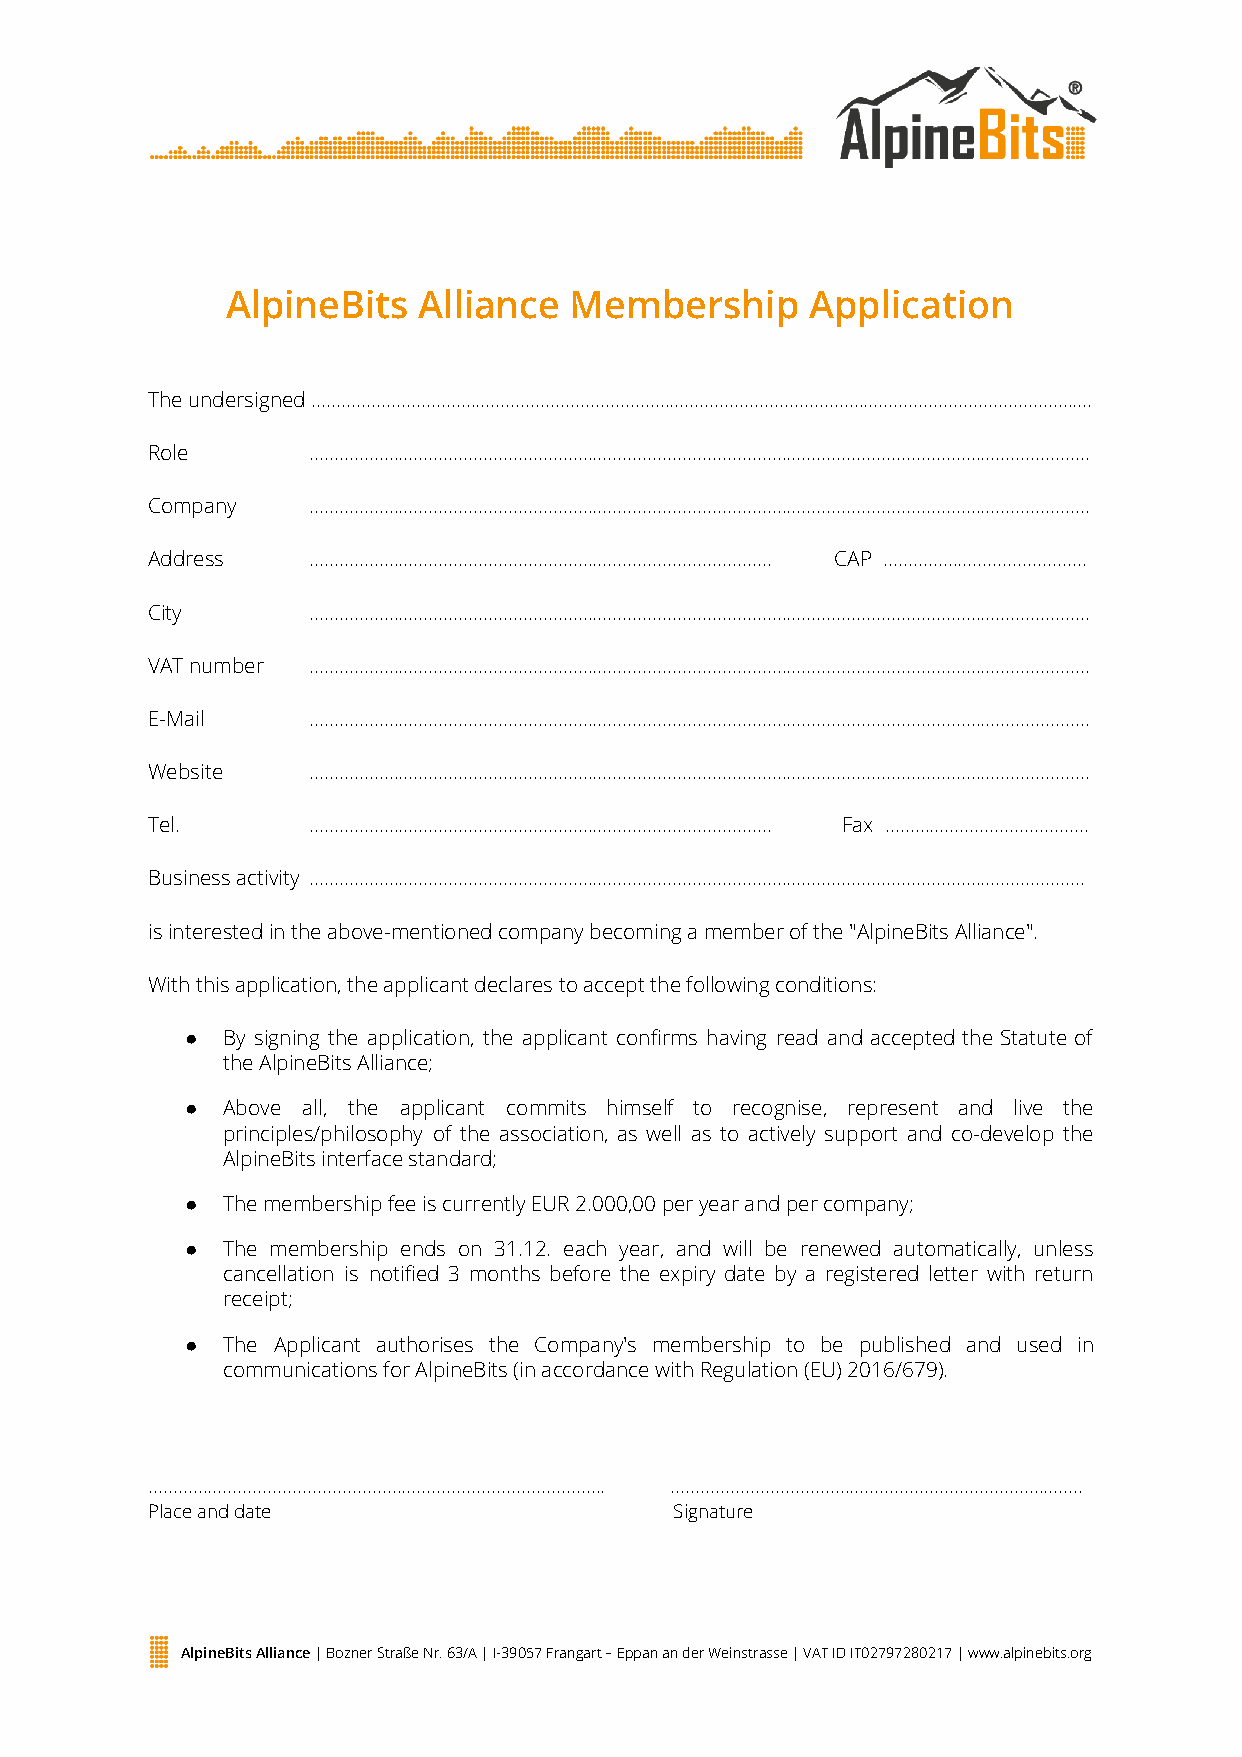
AlpineBits   Alliance  Membership      Application
 The undersigned ………………………………………………………………………………………………………………………………………….
 Role      ………………………………………………………………………………………………………………………………………….
 Company   ………………………………………………………………………………………………………………………………………….
 Address   …………………………………………………………………………………    CAP …………………………………..
 City      ………………………………………………………………………………………………………………………………………….
 VAT number ………………………………………………………………………………………………………………………………………….
 E-Mail    ………………………………………………………………………………………………………………………………………….
 Website   ………………………………………………………………………………………………………………………………………….
 Tel.      …………………………………………………………………………………     Fax …………………………………..
 Business activity …………………………………………………………………………………………………………………………………………
 is interested in the above-mentioned company becoming a member of the "AlpineBits Alliance".
 With this application, the applicant declares to accept the following conditions:
 ●  By signing the application, the applicant confirms having read and accepted the Statute of
 the AlpineBits Alliance;
 ●  Above all, the applicant commits himself to recognise, represent and live the
 principles/philosophy of the association, as well as to actively support and co-develop the
 AlpineBits interface standard;
 ●  The membership fee is currently EUR 2.000,00 per year and per company;
 ●  The membership ends on 31.12. each year, and will be renewed automatically, unless
 cancellation is notified 3 months before the expiry date by a registered letter with return
 receipt;
 ●  The Applicant authorises the Company's membership to be published and used in
 communications for AlpineBits (in accordance with Regulation (EU) 2016/679).
 ………………………………………………………………………………..  ………………………………………………………………………..
 Place and date                     Signature
 AlpineBits Alliance ​| Bozner Straße Nr. 63/A | I-39057 Frangart – Eppan an der Weinstrasse | VAT ID IT02797280217 | www.alpinebits.org